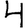
Digit: 4